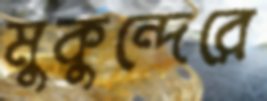
মুকুন্দেরে